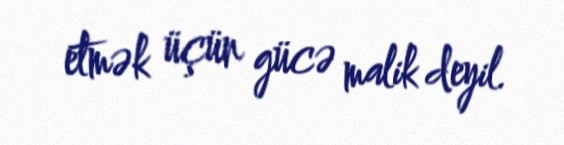
etmək üçün gücə malik deyil.